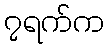
၇ရက်က